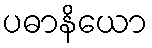
ပဓာနိယော